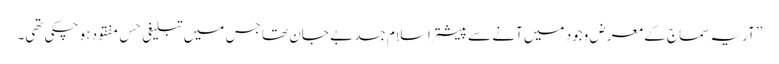
’’آریہ سماج کے معرض وجود میں آنے سے پیشتر اسلام جسد بے جان تھا جس میں تبلیغی حِس مفقود ہو چکی تھی۔